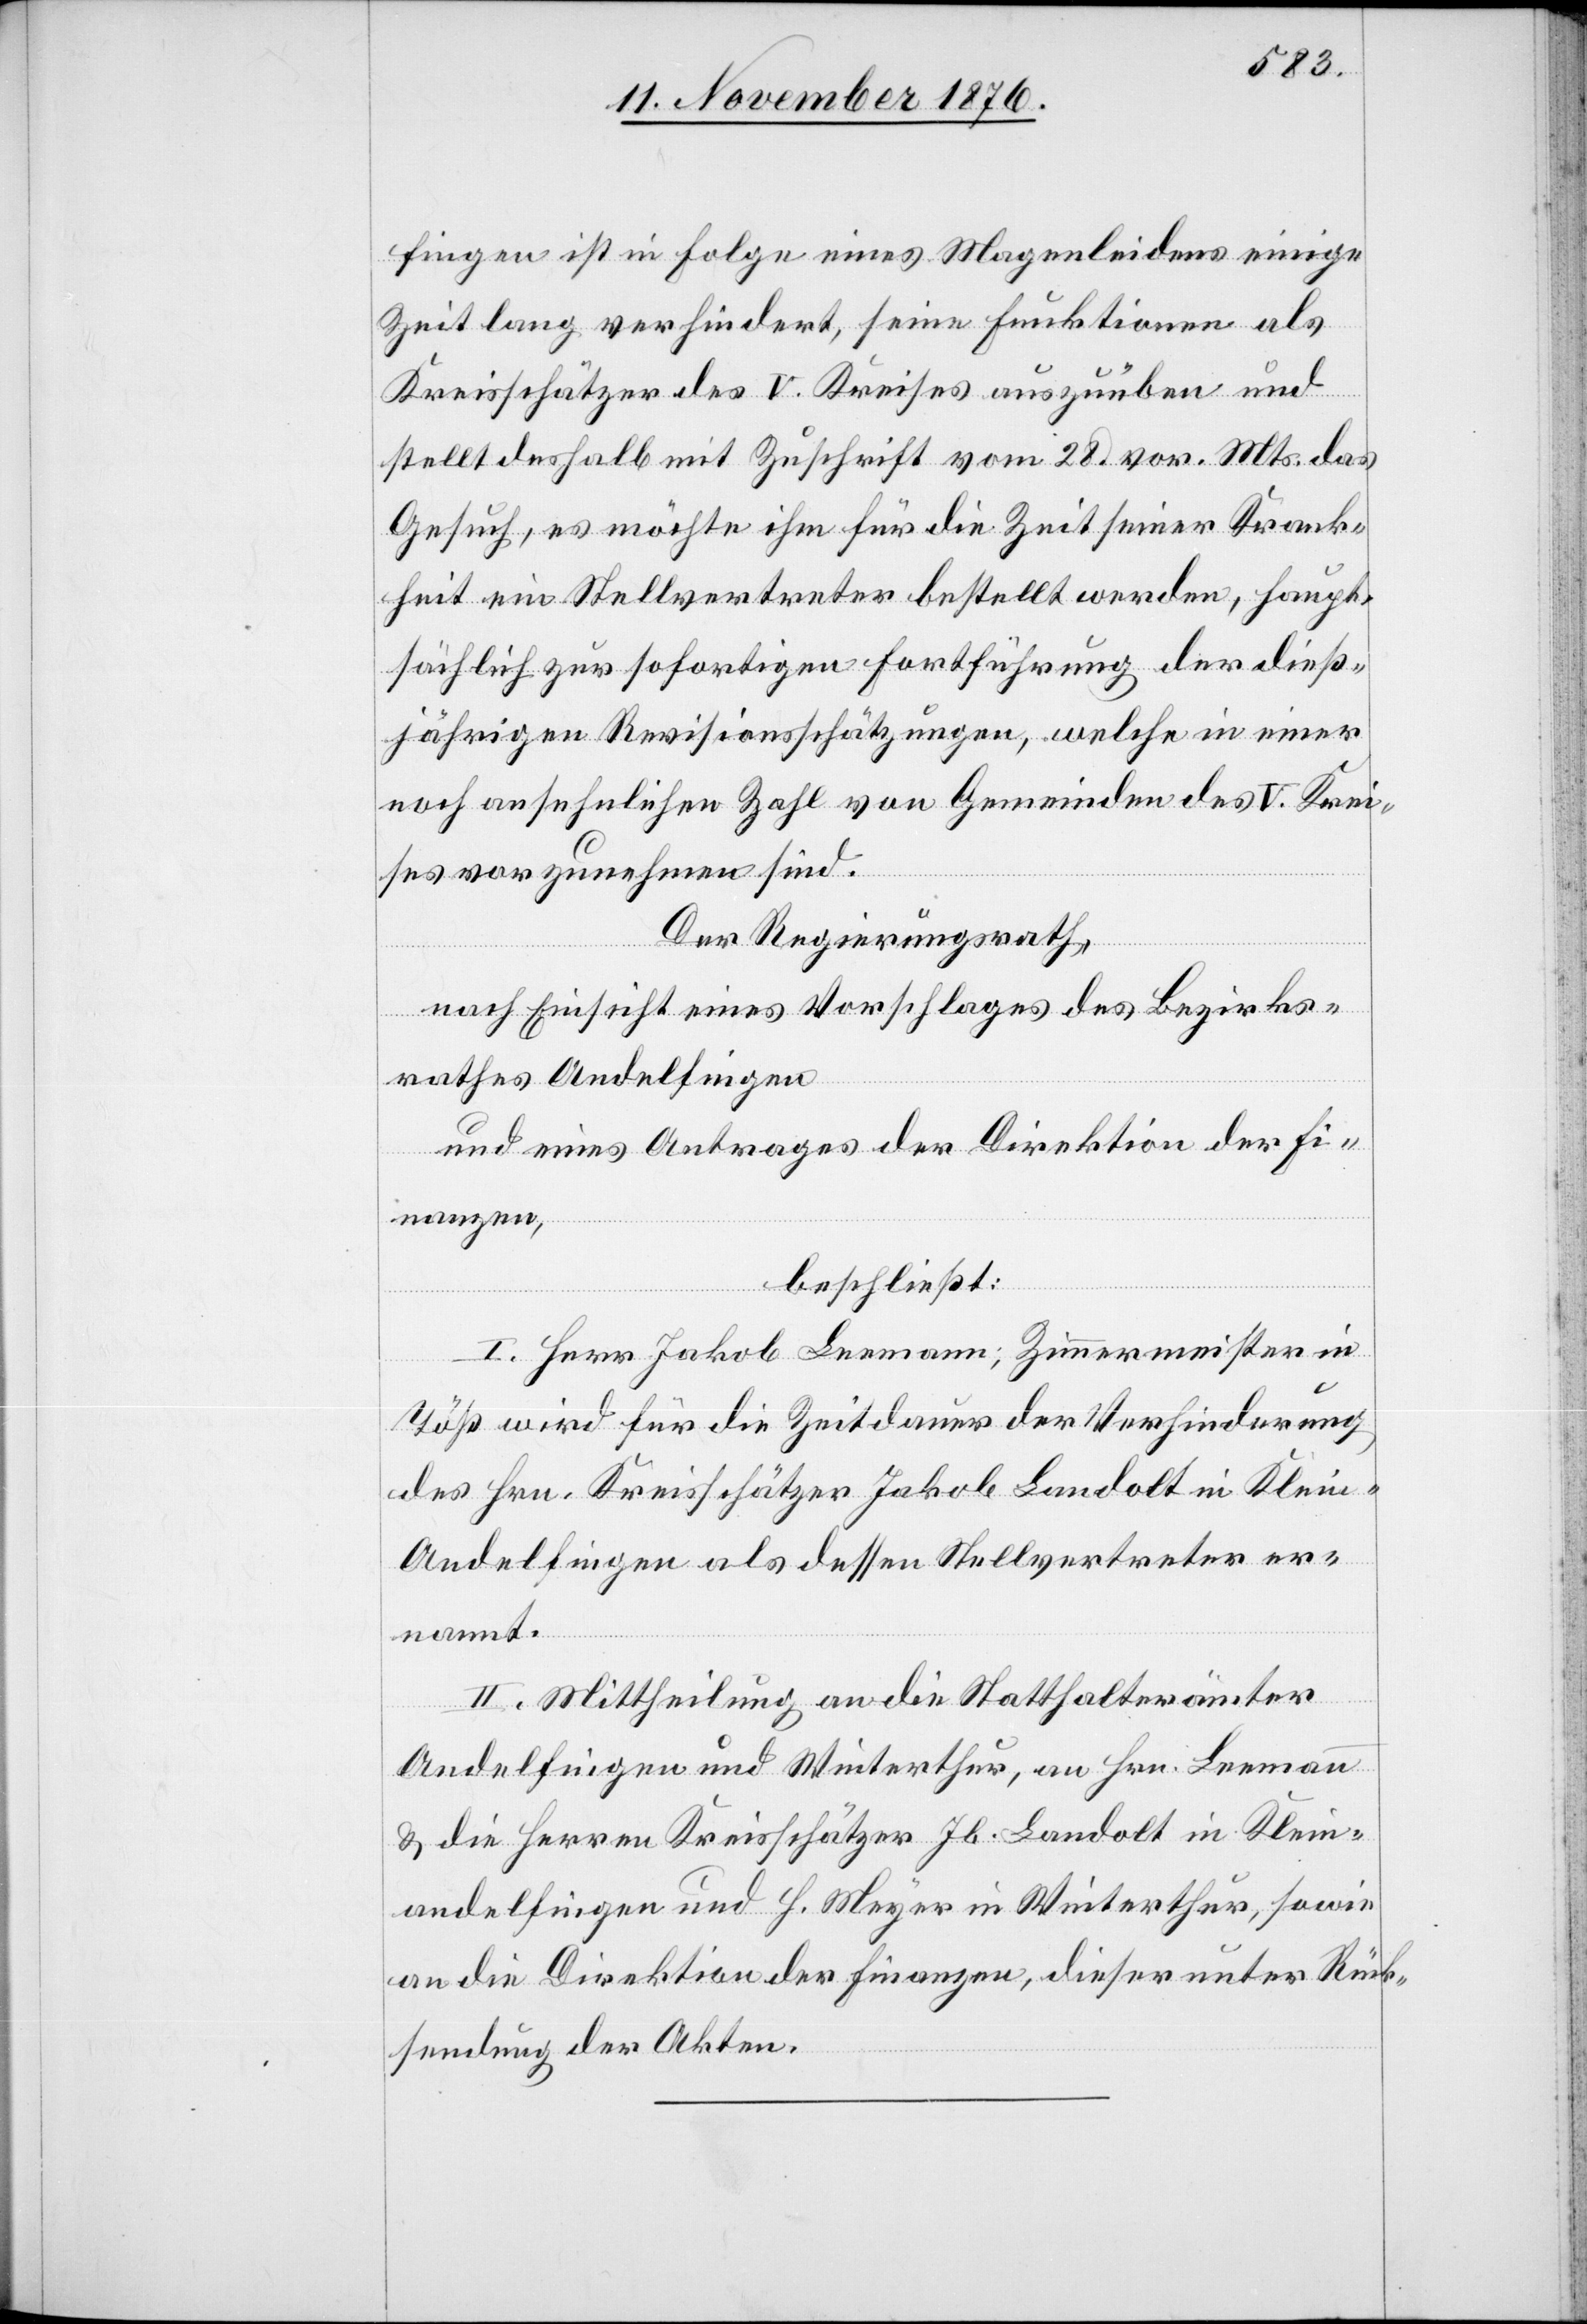
fingen ist in Folge eines Magenleidens einige
Zeit lang verhindert, seine Funktionen als
Kreisschätzer des V. Kreises auszuüben
stellt deshalb mit Zuschrift vom 28. vor. Mts. das
Gesuch, es möchte ihm für die Zeit seiner Krank¬
heit ein Stellvertreter bestellt werden, haupt¬
sächlich zur sofortigen Fortführung der dieß¬
jährigen Revisionsschätzungen, welche in einer
noch ansehnlichen Zahl von Gemeinden des V. Krei¬
ses vorzunehmen sind.
Der Regierungsrath,
nach Einsicht eines Vorschlages des Bezirks¬
rathes Andelfingen
und eines Antrages der Direktion der Fi¬
nanzen,
beschließt:
I. Herr Jakob Leemann; Zimmermeister in
Töß wird für die Zeitdauer der Verhinderung
des Hrn. Kreisschätzer Jakob Landolt in Klein-A¬
ndelfingen als dessen Stellvertreter er¬
nannt.
II. Mittheilung an die Statthalterämter
Andelfingen und Winterthur, an Hrn. Leemann
& die Herren Kreisschätzer Jb. Landolt in Klein¬
andelfingen und H. Meyer in Winterthur, sowie
an die Direktion der Finanzen, dieser unter Rück¬
sendung der Akten.